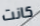
كانت